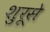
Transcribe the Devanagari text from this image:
शुरूसे